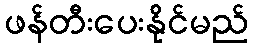
ဖန်တီးပေးနိုင်မည်